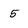
Character: 5